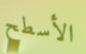
الأسطح